Civil Veterinary Dept. North-West Frontier Province 1933-46 - 1933-1946
Year: 1933
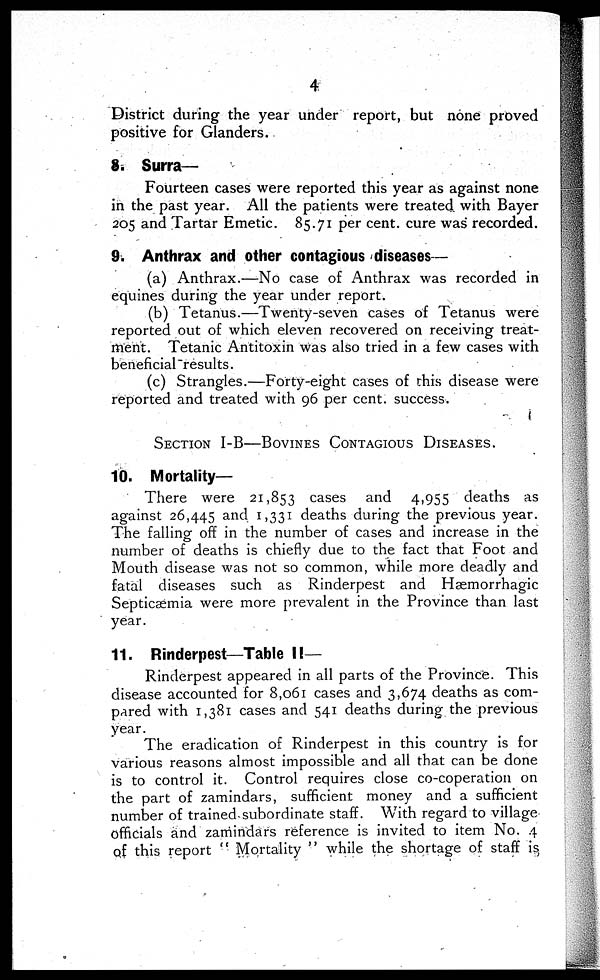
4
District during the year under report, but none proved
positive for Glanders.
8. Surra—
Fourteen cases were reported this year as against none
in the past year. All the patients were treated with Bayer
205 and Tartar Emetic. 85.71 per cent. cure was recorded.
9. Anthrax and other contagious diseases—
(a) Anthrax.—No case of Anthrax was recorded in
equines during the year under report.
(b) Tetanus.—Twenty-seven cases of Tetanus were
reported out of which eleven recovered on receiving treat-
ment. Tetanic Antitoxin was also tried in a few cases with
beneficial results.
(c) Strangles.—Forty-eight cases of this disease were
reported and treated with 96 per cent. success.
SECTION I-B—BOVINES CONTAGIOUS DISEASES.
10. Mortality-
There were 21,853 cases and 4,955 deaths as
against 26,445 and 1,331 deaths during the previous year.
The falling off in the number of cases and increase in the
number of deaths is chiefly due to the fact that Foot and
Mouth disease was not so common, while more deadly and
fatal diseases such as Rinderpest and Hæmorrhagic
Septicaemia were more prevalent in the Province than last
year.
11. Rinderpest—Table II—
Rinderpest appeared in all parts of the Province. This
disease accounted for 8,061 cases and 3,674 deaths as com-
pared with 1,381 cases and 541 deaths during the previous
year.
The eradication of Rinderpest in this country is for
various reasons almost impossible and all that can be done
is to control it. Control requires close co-coperation on
the part of zamindars, sufficient money and a sufficient
number of trained subordinate staff. With regard to village
officials and zamindars reference is invited to item No. 4
of this report "Mortality" while the shortage of staff is